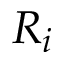
R _ { i }